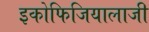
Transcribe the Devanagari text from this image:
इकोफिजियालाजी